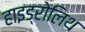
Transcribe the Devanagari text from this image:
हाइड्रोलिथ